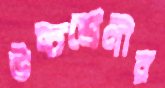
উচ্চশ্রেণীর